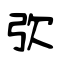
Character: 弞